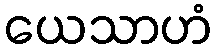
ယေသာဟံ